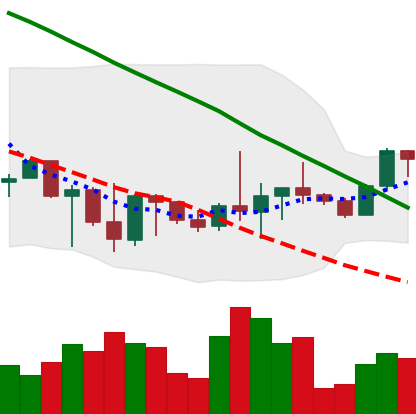
Ticker: BTC-USD
Chart end date: 2022-10-05
Forward return: -5.056%
Label: down_5_7